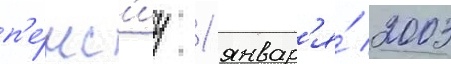
п'е́нс'иу 1 январ'я́ 2003